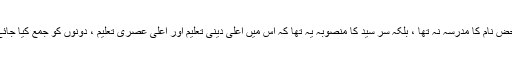
یہ محض نام کا مدرسہ نہ تھا ، بلکہ سر سید کا منصوبہ یہ تھا کہ اس میں اعلٰی دینی تعلیم اور اعلٰی عصری تعلیم ، دونوں کو جمع کیا جائے گا۔